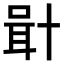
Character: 𠦫